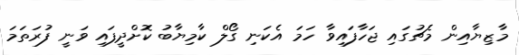
މާޒިޔާއިން މެޗުގައި ޖަހާފައިވާ ހަމަ އެކަނި ގޯލް ކާމިޔާބު ކޮށްދީފައި ވަނީ ފުރަތަމަ